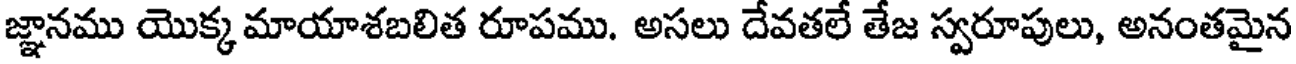
జ్ఞానము యొక్క మాయాశబలిత రూపము. అసలు దేవతలే తేజ స్వరూపులు, అనంతమైన